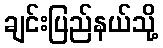
ချင်းပြည်နယ်သို့